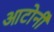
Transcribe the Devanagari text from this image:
आटोर्नी